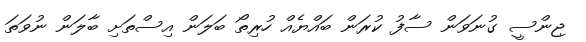
ޖިންސީ ގުނަވަން ސާފު ކުރަން ބައްޔެއް ހުރިތޯ ބަލަން އިސްތަށި ބާލަން ނުވަތަ